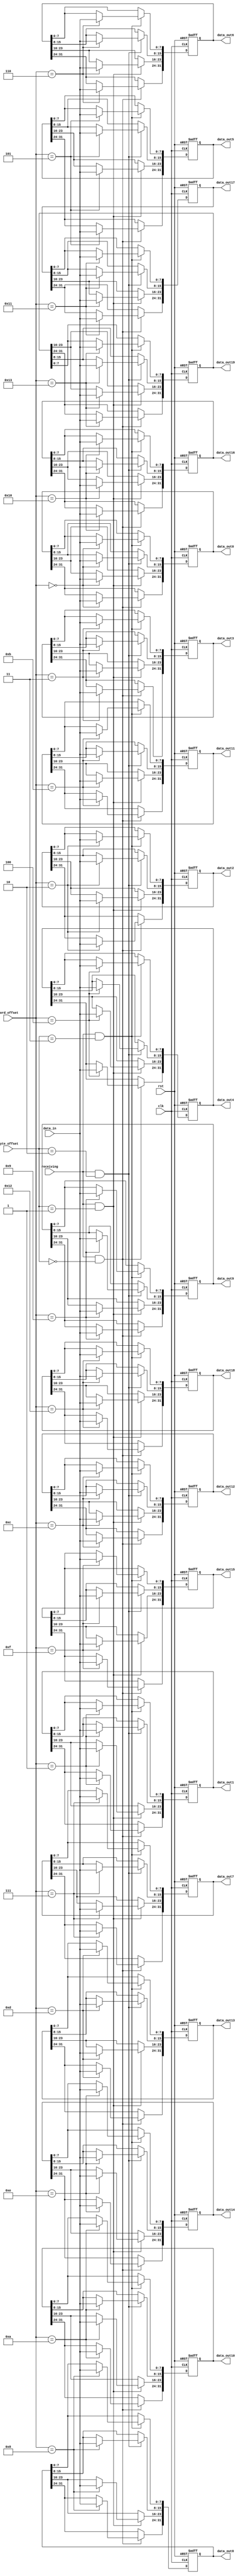
// Universidade de Sao Paulo
// MBA em seguranca de dados
//
// Igor Machado
//
// Decision Tree

module buffer(
	input							clk,
	input							rst,
	
	input  [1:0]				byte_offset,	
	input							receiving,
	
	input	 [7:0]				data_in,
	
	input [4:0]					word_offset,
	
	output [31:0]				data_out0,
	output [31:0]				data_out1,
	output [31:0]				data_out2,
	output [31:0]				data_out3,
	output [31:0]				data_out4,
	
	output [31:0]				data_out5,
	output [31:0]				data_out6,
	output [31:0]				data_out7,
	output [31:0]				data_out8,
	output [31:0]				data_out9,
	
	output [31:0]				data_out10,
	output [31:0]				data_out11,
	output [31:0]				data_out12,
	output [31:0]				data_out13,
	output [31:0]				data_out14,
	
	output [31:0]				data_out15,
	output [31:0]				data_out16,
	output [31:0]				data_out17,
	output [31:0]				data_out18,	
	output [31:0]				data_out19
);
	
	reg [31:0]		reg_bank0;
	reg [31:0]		reg_bank1;
	reg [31:0]		reg_bank2;
	reg [31:0]		reg_bank3;
	reg [31:0]		reg_bank4;
	
	reg [31:0]		reg_bank5;
	reg [31:0]		reg_bank6;
	reg [31:0]		reg_bank7;
	reg [31:0]		reg_bank8;
	reg [31:0]		reg_bank9;
	
	reg [31:0]		reg_bank10;
	reg [31:0]		reg_bank11;
	reg [31:0]		reg_bank12;
	reg [31:0]		reg_bank13;
	reg [31:0]		reg_bank14;
	
	reg [31:0]		reg_bank15;
	reg [31:0]		reg_bank16;
	reg [31:0]		reg_bank17;
	reg [31:0]		reg_bank18;
	reg [31:0]		reg_bank19;
	
	always @(posedge clk or posedge rst)
	begin
		if(rst)
		begin
			reg_bank0  <= 32'h00000000;
			reg_bank1  <= 32'h00000000;
			reg_bank2  <= 32'h00000000;
			reg_bank3  <= 32'h00000000;
			reg_bank4  <= 32'h00000000;
			
			reg_bank5  <= 32'h00000000;
			reg_bank6  <= 32'h00000000;
			reg_bank7  <= 32'h00000000;
			reg_bank8  <= 32'h00000000;
			reg_bank9  <= 32'h00000000;
			
			reg_bank10 <= 32'h00000000;
			reg_bank11 <= 32'h00000000;
			reg_bank12 <= 32'h00000000;
			reg_bank13 <= 32'h00000000;
			reg_bank14 <= 32'h00000000;
			
			reg_bank15 <= 32'h00000000;
			reg_bank16 <= 32'h00000000;
			reg_bank17 <= 32'h00000000;
			reg_bank18 <= 32'h00000000;
			reg_bank19 <= 32'h00000000;
		end
		
		else
		begin
			if(receiving & (byte_offset == 2'b00))
			begin
				if(word_offset == 5'h00)
					reg_bank0[31:24]  <= data_in;
				if(word_offset == 5'h01)
					reg_bank1[31:24]  <= data_in;
				if(word_offset == 5'h02)
					reg_bank2[31:24]  <= data_in;
				if(word_offset == 5'h03)
					reg_bank3[31:24]  <= data_in;
				if(word_offset == 5'h04)
					reg_bank4[31:24]  <= data_in;
				if(word_offset == 5'h05)
					reg_bank5[31:24]  <= data_in;
				if(word_offset == 5'h06)
					reg_bank6[31:24]  <= data_in;
				if(word_offset == 5'h07)
					reg_bank7[31:24]  <= data_in;
				if(word_offset == 5'h08)
					reg_bank8[31:24]  <= data_in;
				if(word_offset == 5'h09)
					reg_bank9[31:24]  <= data_in;
				if(word_offset == 5'h0A)
					reg_bank10[31:24]  <= data_in;
				if(word_offset == 5'h0B)
					reg_bank11[31:24]  <= data_in;
				if(word_offset == 5'h0C)
					reg_bank12[31:24]  <= data_in;
				if(word_offset == 5'h0D)
					reg_bank13[31:24]  <= data_in;
				if(word_offset == 5'h0E)
					reg_bank14[31:24]  <= data_in;
				if(word_offset == 5'h0F)
					reg_bank15[31:24]  <= data_in;
				if(word_offset == 5'h10)
					reg_bank16[31:24]  <= data_in;
				if(word_offset == 5'h11)
					reg_bank17[31:24]  <= data_in;
				if(word_offset == 5'h12)
					reg_bank18[31:24]  <= data_in;
				if(word_offset == 5'h13)
					reg_bank19[31:24]  <= data_in;
			end
			
			if(receiving & (byte_offset == 2'b01))
			begin
				if(word_offset == 5'h00)
					reg_bank0[23:16]  <= data_in;
				if(word_offset == 5'h01)
					reg_bank1[23:16]  <= data_in;
				if(word_offset == 5'h02)
					reg_bank2[23:16]  <= data_in;
				if(word_offset == 5'h03)
					reg_bank3[23:16]  <= data_in;
				if(word_offset == 5'h04)
					reg_bank4[23:16]  <= data_in;
				if(word_offset == 5'h05)
					reg_bank5[23:16]  <= data_in;
				if(word_offset == 5'h06)
					reg_bank6[23:16]  <= data_in;
				if(word_offset == 5'h07)
					reg_bank7[23:16]  <= data_in;
				if(word_offset == 5'h08)
					reg_bank8[23:16]  <= data_in;
				if(word_offset == 5'h09)
					reg_bank9[23:16]  <= data_in;
				if(word_offset == 5'h0A)
					reg_bank10[23:16]  <= data_in;
				if(word_offset == 5'h0B)
					reg_bank11[23:16]  <= data_in;
				if(word_offset == 5'h0C)
					reg_bank12[23:16]  <= data_in;
				if(word_offset == 5'h0D)
					reg_bank13[23:16]  <= data_in;
				if(word_offset == 5'h0E)
					reg_bank14[23:16]  <= data_in;
				if(word_offset == 5'h0F)
					reg_bank15[23:16]  <= data_in;
				if(word_offset == 5'h10)
					reg_bank16[23:16]  <= data_in;
				if(word_offset == 5'h11)
					reg_bank17[23:16]  <= data_in;
				if(word_offset == 5'h12)
					reg_bank18[23:16]  <= data_in;
				if(word_offset == 5'h13)
					reg_bank19[23:16]  <= data_in;
			end
			
			if(receiving & (byte_offset == 2'b10))
			begin
				if(word_offset == 5'h00)
					reg_bank0[15:8]  <= data_in;
				if(word_offset == 5'h01)
					reg_bank1[15:8]  <= data_in;
				if(word_offset == 5'h02)
					reg_bank2[15:8]  <= data_in;
				if(word_offset == 5'h03)
					reg_bank3[15:8]  <= data_in;
				if(word_offset == 5'h04)
					reg_bank4[15:8]  <= data_in;
				if(word_offset == 5'h05)
					reg_bank5[15:8]  <= data_in;
				if(word_offset == 5'h06)
					reg_bank6[15:8]  <= data_in;
				if(word_offset == 5'h07)
					reg_bank7[15:8]  <= data_in;
				if(word_offset == 5'h08)
					reg_bank8[15:8]  <= data_in;
				if(word_offset == 5'h09)
					reg_bank9[15:8]  <= data_in;
				if(word_offset == 5'h0A)
					reg_bank10[15:8]  <= data_in;
				if(word_offset == 5'h0B)
					reg_bank11[15:8]  <= data_in;
				if(word_offset == 5'h0C)
					reg_bank12[15:8]  <= data_in;
				if(word_offset == 5'h0D)
					reg_bank13[15:8]  <= data_in;
				if(word_offset == 5'h0E)
					reg_bank14[15:8]  <= data_in;
				if(word_offset == 5'h0F)
					reg_bank15[15:8]  <= data_in;
				if(word_offset == 5'h10)
					reg_bank16[15:8]  <= data_in;
				if(word_offset == 5'h11)
					reg_bank17[15:8]  <= data_in;
				if(word_offset == 5'h12)
					reg_bank18[15:8]  <= data_in;
				if(word_offset == 5'h13)
					reg_bank19[15:8]  <= data_in;
			end
						
			if(receiving & (byte_offset == 2'b11))
			begin
				if(word_offset == 5'h00)
					reg_bank0[7:0]  <= data_in;
				if(word_offset == 5'h01)
					reg_bank1[7:0]  <= data_in;
				if(word_offset == 5'h02)
					reg_bank2[7:0]  <= data_in;
				if(word_offset == 5'h03)
					reg_bank3[7:0]  <= data_in;
				if(word_offset == 5'h04)
					reg_bank4[7:0]  <= data_in;
				if(word_offset == 5'h05)
					reg_bank5[7:0]  <= data_in;
				if(word_offset == 5'h06)
					reg_bank6[7:0]  <= data_in;
				if(word_offset == 5'h07)
					reg_bank7[7:0]  <= data_in;
				if(word_offset == 5'h08)
					reg_bank8[7:0]  <= data_in;
				if(word_offset == 5'h09)
					reg_bank9[7:0]  <= data_in;
				if(word_offset == 5'h0A)
					reg_bank10[7:0]  <= data_in;
				if(word_offset == 5'h0B)
					reg_bank11[7:0]  <= data_in;
				if(word_offset == 5'h0C)
					reg_bank12[7:0]  <= data_in;
				if(word_offset == 5'h0D)
					reg_bank13[7:0]  <= data_in;
				if(word_offset == 5'h0E)
					reg_bank14[7:0]  <= data_in;
				if(word_offset == 5'h0F)
					reg_bank15[7:0]  <= data_in;
				if(word_offset == 5'h10)
					reg_bank16[7:0]  <= data_in;
				if(word_offset == 5'h11)
					reg_bank17[7:0]  <= data_in;
				if(word_offset == 5'h12)
					reg_bank18[7:0]  <= data_in;
				if(word_offset == 5'h13)
					reg_bank19[7:0]  <= data_in;
			end	
		end
	end
	
	assign data_out0 = reg_bank0;
	assign data_out1 = reg_bank1;
	assign data_out2 = reg_bank2;
	assign data_out3 = reg_bank3;
	assign data_out4 = reg_bank4;
	
	assign data_out5 = reg_bank5;
	assign data_out6 = reg_bank6;
	assign data_out7 = reg_bank7;
	assign data_out8 = reg_bank8;
	assign data_out9 = reg_bank9;
	
	assign data_out10 = reg_bank10;
	assign data_out11 = reg_bank11;
	assign data_out12 = reg_bank12;
	assign data_out13 = reg_bank13;
	assign data_out14 = reg_bank14;
	
	assign data_out15 = reg_bank15;
	assign data_out16 = reg_bank16;
	assign data_out17 = reg_bank17;
	assign data_out18 = reg_bank18;
	assign data_out19 = reg_bank19;
	
endmodule